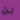
لن